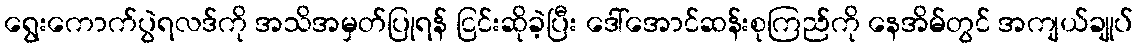
ရွေးကောက်ပွဲရလဒ်ကို အသိအမှတ်ပြုရန် ငြင်းဆိုခဲ့ပြီး ဒေါ်အောင်ဆန်းစုကြည်ကို နေအိမ်တွင် အကျယ်ချုပ်